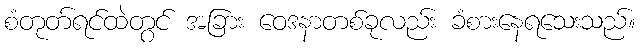
စံတုတ်ရင်ထဲတွင် အခြား ဝေဒနာတစ်ခုလည်း ခံစားနေရသေးသည်။